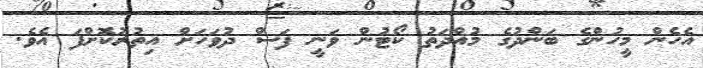
އެހެން މީހުންގެ ބަންދުގެ މުއްދަތު ކޯޓުން ވަނީ ފަސް ދުވަހަށް އިތުރުކޮށްފަ އެވެ.